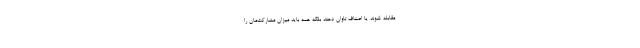
مقابله شوند یا اصناف تاوان دهند بلکه همه باید میزان مشارکت‌مان را